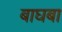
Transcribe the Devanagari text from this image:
बाघबा